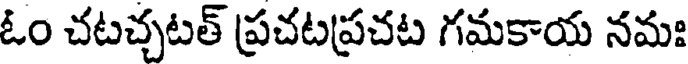
ఓం చటచ్చటత్ ప్రచటప్రచట గమకాయ నమః